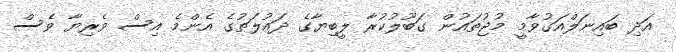
އަދި ބައިނަލްއަގުވާމީ މުޖުތައުން ގަބޫލުކުރާ ލީބިޔާގެ ދައުލަތުގެ އެންމެ އިސް ވެރިޔާ ވެސް